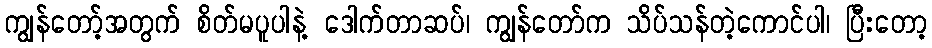
ကျွန်တော့်အတွက် စိတ်မပူပါနဲ့ ဒေါက်တာဆပ်၊ ကျွန်တော်က သိပ်သန်တဲ့ကောင်ပါ၊ ပြီးတော့